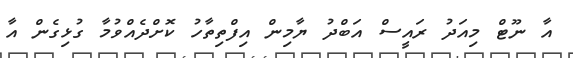
އާ ނޫޓް މިއަދު ރައީސް އަބްދު ޔާމިން އިފްތިތާހު ކޮށްދެއްވުމާ ގުޅިގެން އާ